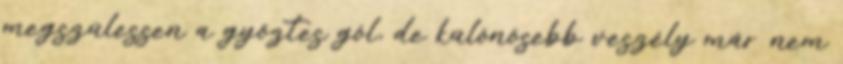
megszülessen a győztes gól, de különösebb veszély már nem